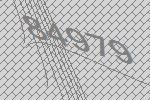
84979